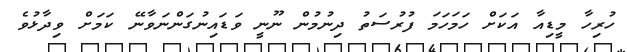
ހުރިހާ މީޑިއާ އަކަށް ހަމަހަމަ ފުރުސަތު ދިނުމުން ނޫނީ ވަޑައިނުގަންނަވާނޭ ކަމަށް ވިދާޅުވެ